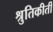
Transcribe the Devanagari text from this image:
श्रुतिकीर्ती